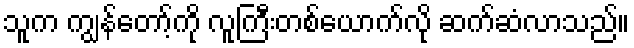
သူက ကျွန်တော့်ကို လူကြီးတစ်ယောက်လို ဆက်ဆံလာသည်။